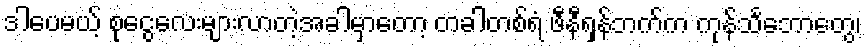
ဒါပေမယ့် စုငွေလေးများလာတဲ့အခါမှာတော့ တခါတစ်ရံ ဖီနီရှန်ဘက်က ကုန်သင်္ဘောတွေ၊